Civil Veterinary Dept. North-West Frontier Province 1933-46 - 1933-1946
Year: 1933
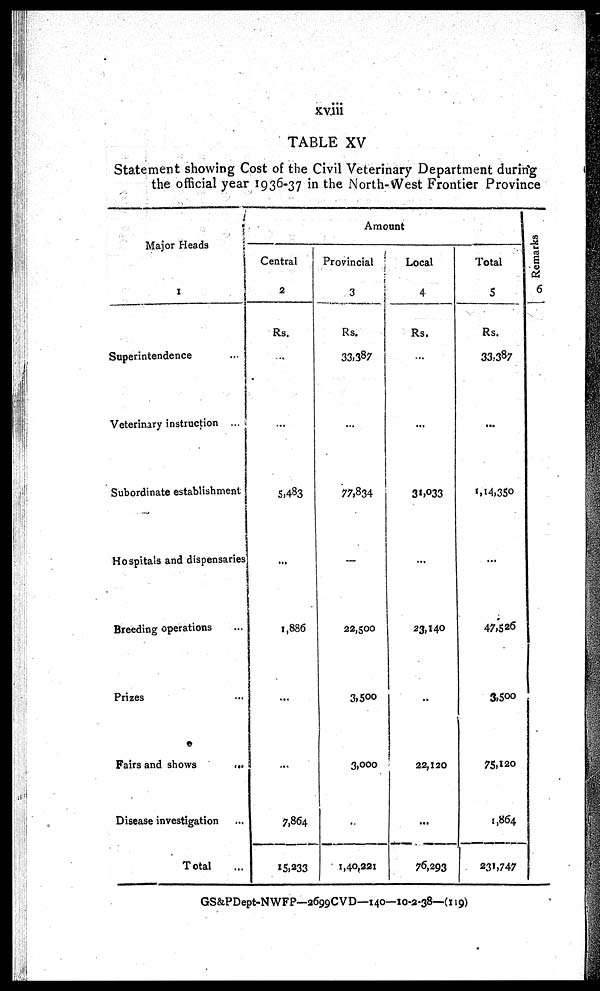
xviii
TABLE XV
Statement showing Cost of the Civil Veterinary Department during
the official year 1936-37 in the North-West Frontier Province
Major Heads
1
Superintendence
...
Veterinary instruction ...
Subordinate establishment
Hospitals and dispensaries
Breeding operations ...
Prizes ...
Fairs and shows
...
Disease investigation ...
Total ...
Amount
Central
2
Rs.
...
...
5,483
...
1,886
...
...
7,864
15,233
Provincial
3
Rs.
33,387
...
77,834
...
22,500
3,500
3,000
..
1,40,221
Local
4
Rs.
...
...
31,033
...
23,140
..
22,120
...
76,293
Total
5
Rs.
33,387
...
1,14,350
...
47,526
3,500
75,120
1,864
231,747
Remarks
6
GS&PDept-NWFP—2699CVD—140—10-2-38—(119)